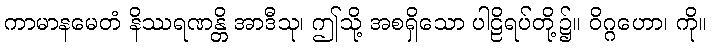
ကာမာနမေတံ နိဿရဏန္တိ အာဒီသု၊ ဤသို့ အစရှိသော ပါဠိရပ်တို့၌။ ဝိဂ္ဂဟော၊ ကို။